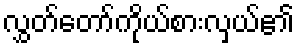
လွှတ်တော်ကိုယ်စားလှယ်၏